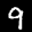
Label: 9